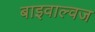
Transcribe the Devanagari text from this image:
बाइवाल्वज